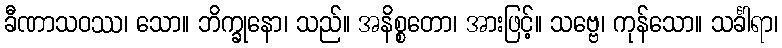
ခီဏာသဝဿ၊ သော။ ဘိက္ခုနော၊ သည်။ အနိစ္စတော၊ အားဖြင့်။ သဗ္ဗေ၊ ကုန်သော။ သင်္ခါရာ၊